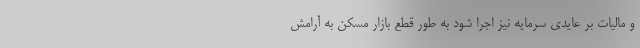
و مالیات بر عایدی سرمایه نیز اجرا شود به طور قطع بازار مسکن به آرامش